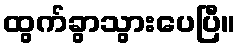
ထွက်ခွာသွားပေပြီ။